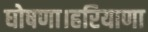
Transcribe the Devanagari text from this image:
घोषणा।हरियाणा